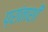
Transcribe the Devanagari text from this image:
प्रांताशी